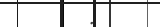
: